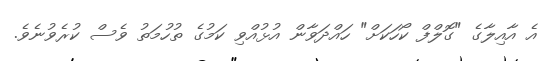
އެ އާއިލާގެ "ގޮލްފް ކޯހަކަށް" ހައްދަވާން އުޅުއްވި ކަމުގެ ތުހުމަތު ވެސް ކުރެވުނެވެ.